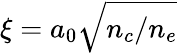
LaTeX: \xi=a_{0}\sqrt{n_{c}/n_{e}}